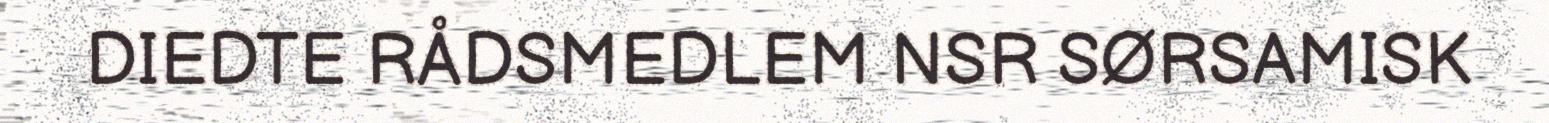
DIEDTE RÅDSMEDLEM NSR SØRSAMISK